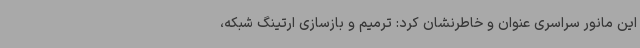
این مانور سراسری عنوان و خاطرنشان کرد: ترمیم و بازسازی ارتینگ شبکه،